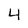
Character: 4